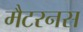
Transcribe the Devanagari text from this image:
मैटरनस